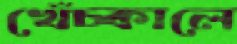
খেঁচ্‌কালে